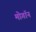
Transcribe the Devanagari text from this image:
मोगॉन